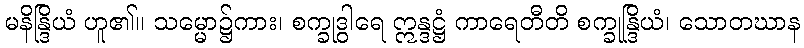
မနိန္ဒြိယံ ဟူ၏။ သမ္မော၌ကား၊ စက္ခုဒွါရေ ဣန္ဒဋ္ဌံ ကာရေတီတိ စက္ခုန္ဒြိယံ၊ သောတဃာန